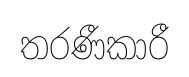
තරණීකාරී